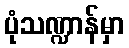
ပုံသဏ္ဍာန်မှာ